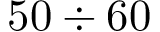
5 0 \div 6 0